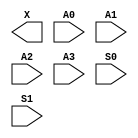
module sky130_fd_sc_ls__udp_mux_4to2 (
    X ,
    A0,
    A1,
    A2,
    A3,
    S0,
    S1
);

    output X ;
    input  A0;
    input  A1;
    input  A2;
    input  A3;
    input  S0;
    input  S1;
endmodule